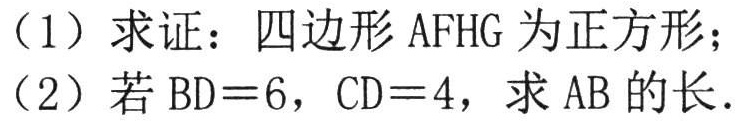
（1）求证：四边形AFHG为正方形；

（2）若BD = 6，CD = 4，求AB的长．